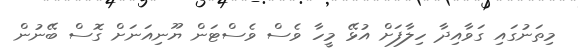
މިތަނުގައި ގަވާއިދާ ހިލާފަށް އުޅޭ މީހާ ވެސް ވެސްޓަން ޔޫނިއަނަށް ގޮސް ބޭނުން